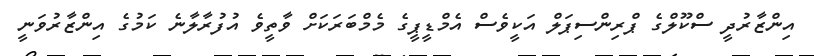
އިންޒާރުދީ ސްކޫލްގެ ޕްރިންސިޕަލް އަކީވެސް އެމްޑީޕީގެ މެމްބަރަކަށް ވާތީވެ އުފުރާލާނެ ކަމުގެ އިންޒާރުވަނީ